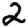
Digit: 2